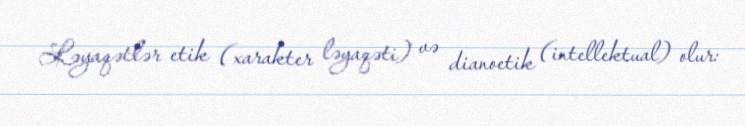
Ləyaqətlər etik (xarakter ləyaqəti) və dianoetik (intellektual) olur: